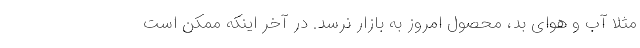
مثلا آب و هوای بد، محصول امروز به بازار نرسد. در آخر اینکه ممکن است